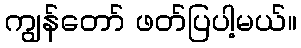
ကျွန်တော် ဖတ်ပြပါ့မယ်။